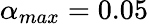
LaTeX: \alpha_{max}=0.05